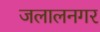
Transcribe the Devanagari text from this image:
जलालनगर